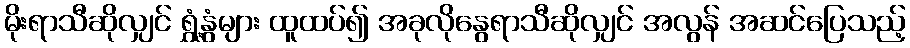
မိုးရာသီဆိုလျှင် ရွှံ့နွံများ ထူထပ်၍ အခုလိုနွေရာသီဆိုလျှင် အလွန် အဆင်ပြေသည့်